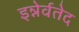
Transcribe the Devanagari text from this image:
इन्नेर्वतेद